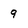
Character: 9